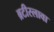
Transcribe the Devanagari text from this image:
ब्रटीस्लावा